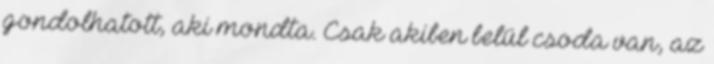
gondolhatott, aki mondta. Csak akiben belül csoda van, az